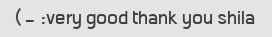
very good thank you shila: -)